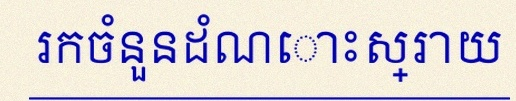
រកចំនួនដំណោះស្រាយ